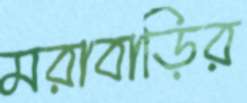
মরাবাড়ির